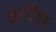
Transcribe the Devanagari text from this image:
कापेंडा